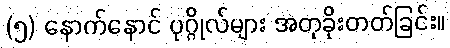
(၅) နောက်နောင် ပုဂ္ဂိုလ်များ အတုခိုးတတ်ခြင်း။